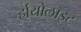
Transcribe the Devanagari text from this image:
र्हायोलाइट